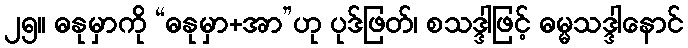
၂၅။ ဓနုမှာကို “ဓနုမှာ+အာ”ဟု ပုဒ်ဖြတ်၊ စသဒ္ဒါဖြင့် ဓမ္မသဒ္ဒါနောင်